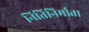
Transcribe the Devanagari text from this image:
नितिनिर्माता